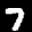
Label: 7